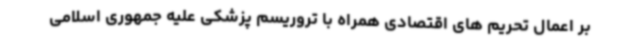
بر اعمال تحریم های اقتصادی همراه با تروریسم پزشکی علیه جمهوری اسلامی